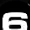
Digit: 6